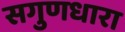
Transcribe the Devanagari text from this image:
सगुणधारा